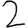
Digit: 2